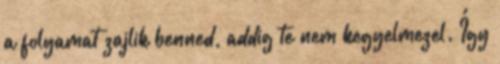
a folyamat zajlik benned, addig te nem kegyelmezel. Így